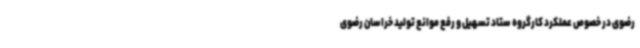
رضوی در خصوص عملکرد کارگروه ستاد تسهیل و رفع موانع تولید خراسان رضوی